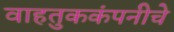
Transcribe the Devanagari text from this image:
वाहतुककंपनीचे